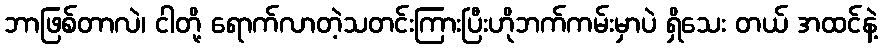
ဘာဖြစ်တာလဲ၊ ငါတို့ ရောက်လာတဲ့သတင်းကြားပြီးဟိုဘက်ကမ်းမှာပဲ ရှိသေး တယ် အထင်နဲ့